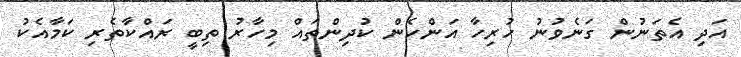
އަދި އެތަނުން ގަނެވުނު ހުރިހާ އަންހެން ކުދިންތައް މިހާރު ތިބީ ރައްކާތެރި ކަމާއެކު